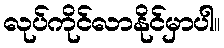
လုပ်ကိုင်လာနိုင်မှာပါ။